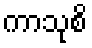
ကာသုစိ